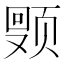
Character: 𬱩